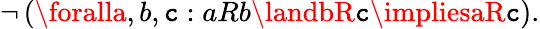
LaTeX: \lnot\left(\foralla,b,\mathtt{c}:aRb\landbR\mathtt{c}\impliesaR\mathtt{c}\right).